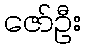
ဇော်ဦး